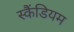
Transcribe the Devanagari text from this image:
स्कैंडियम